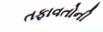
તફાવતોની